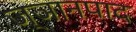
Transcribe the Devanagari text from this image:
ज्ञानपाद